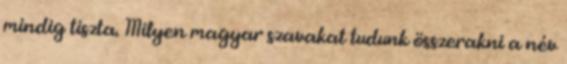
mindig tiszta. Milyen magyar szavakat tudunk összerakni a név